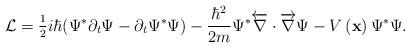
LaTeX: \begin{align*}\mathcal{L}=\frac{_1}{^2}i\hbar (\Psi ^{*}\partial _t\Psi -\partial _t\Psi^{*}\Psi )-\frac{\hbar ^2}{2m}\Psi ^{*}\overleftarrow{\nabla }\cdot \overrightarrow{\nabla }\Psi -V\left( \mathbf{x}\right) \Psi ^{*}\Psi .\end{align*}